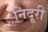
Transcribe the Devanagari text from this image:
निदूरी